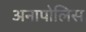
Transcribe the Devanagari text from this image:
अनापोलिस